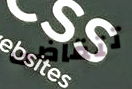
تتقاضى